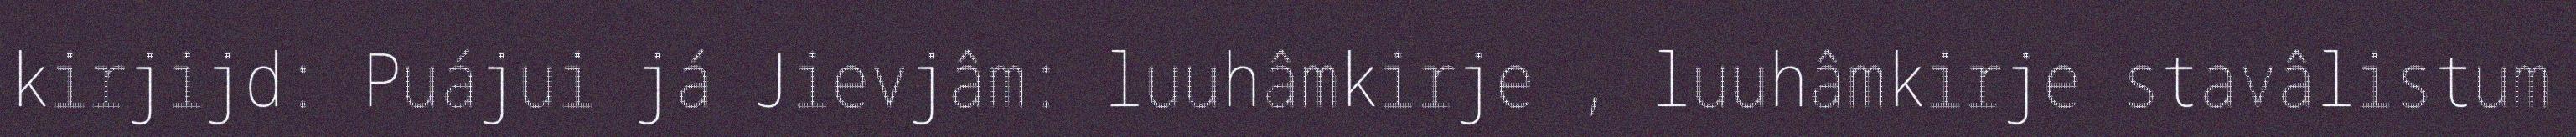
kirjijd: Puájui já Jievjâm: luuhâmkirje , luuhâmkirje stavâlistum